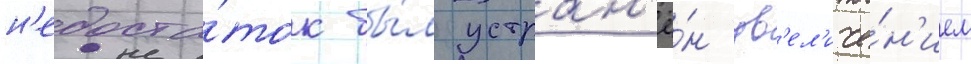
н'едоста́ток бы́л устран'ё́н ув'ел'иче́н'ием